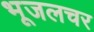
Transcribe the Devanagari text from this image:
भूजलचर